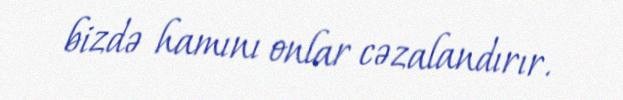
bizdə hamını onlar cəzalandırır.